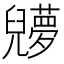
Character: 𠓔